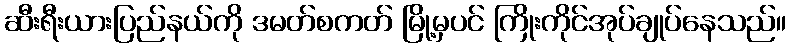
ဆီးရီးယားပြည်နယ်ကို ဒမတ်စကတ် မြို့မှပင် ကြိုးကိုင်အုပ်ချုပ်နေသည်။